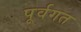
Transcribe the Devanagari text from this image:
पूर्वगत